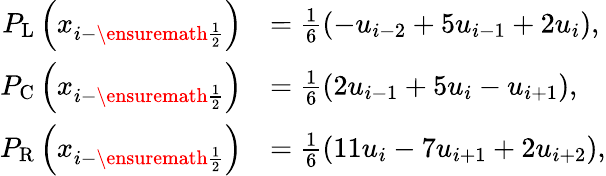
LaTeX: \begin{array}{rl}{P_{\mathrm{L}}\left(x_{i-\ensuremath{{\frac{1}{2}}}}\right)}&{=\frac{1}{6}(-u_{i-2}+5u_{i-1}+2u_{i}),}\\ {P_{\mathrm{C}}\left(x_{i-\ensuremath{{\frac{1}{2}}}}\right)}&{=\frac{1}{6}(2u_{i-1}+5u_{i}-u_{i+1}),}\\ {P_{\mathrm{R}}\left(x_{i-\ensuremath{{\frac{1}{2}}}}\right)}&{=\frac{1}{6}(11u_{i}-7u_{i+1}+2u_{i+2}),}\end{array}